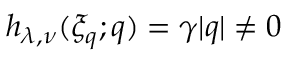
h _ { \lambda , \nu } ( \xi _ { q } ; q ) = \gamma | q | \neq 0